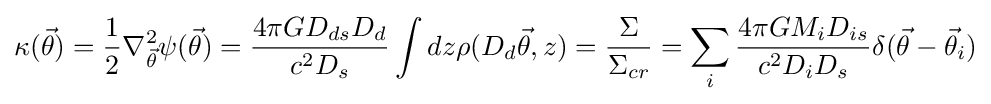
\kappa ({\vec {\theta }})={\frac {1}{2}}\nabla _{\vec {\theta }}^{2}\psi ({\vec {\theta }})={\frac {4\pi GD_{ds}D_{d}}{c^{2}D_{s}}}\int dz\rho (D_{d}{\vec {\theta }},z)={\Sigma  \over \Sigma _{cr}}=\sum _{i}{4\pi GM_{i}D_{is} \over c^{2}D_{i}D_{s}}\delta ({\vec {\theta }}-{\vec {\theta }}_{i})